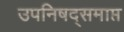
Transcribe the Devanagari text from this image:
उपनिषद्समाप्त